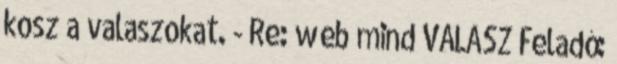
kosz a valaszokat. - Re: web mind VÁLASZ Feladó: